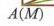
(1) \(x - y=\underline{\ \ }(y - x)\)  (2) \(-(x - y)=(y - x)\)  (3) \(-a - b=\underline{\ \ }(a + b)\)  (4) \(-a + b=\underline{\ \ }(b - a)\)
(5) \((x - y)^2=\underline{\ \ }(y - x)^2\)  (6) \(-(b - a)^3=\underline{\ \ }(a - b)^3\)